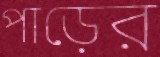
পাড়ের